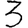
Digit: 3